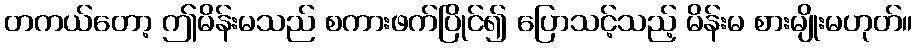
တကယ်တော့ ဤမိန်းမသည် စကားဖက်ပြိုင်၍ ပြောသင့်သည့် မိန်းမ စားမျိုးမဟုတ်။